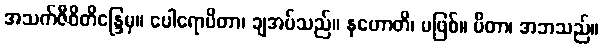
အသက်ဇီဝိတိန္ဒြေမှ။ ပေါရောပိတာ၊ ချအပ်သည်။ နဟောတိ၊ မဖြစ်။ ပိတာ၊ အဘသည်။